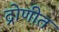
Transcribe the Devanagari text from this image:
द्रोणीत